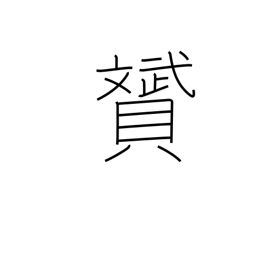
Meaning: beautiful